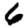
Digit: 6